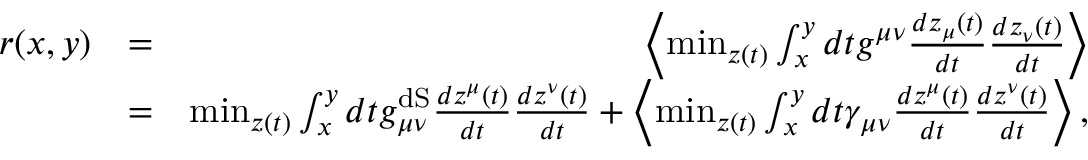
\begin{array} { r l r } { r ( x , y ) } & { = } & { \left\langle \operatorname* { m i n } _ { z ( t ) } \int _ { x } ^ { y } d t g ^ { \mu \nu } \frac { d z _ { \mu } ( t ) } { d t } \frac { d z _ { \nu } ( t ) } { d t } \right\rangle } \\ & { = } & { \operatorname* { m i n } _ { z ( t ) } \int _ { x } ^ { y } d t g _ { \mu \nu } ^ { \mathrm { d S } } \frac { d z ^ { \mu } ( t ) } { d t } \frac { d z ^ { \nu } ( t ) } { d t } + \left\langle \operatorname* { m i n } _ { z ( t ) } \int _ { x } ^ { y } d t \gamma _ { \mu \nu } \frac { d z ^ { \mu } ( t ) } { d t } \frac { d z ^ { \nu } ( t ) } { d t } \right\rangle , } \end{array}